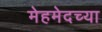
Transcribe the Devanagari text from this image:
मेहमेदच्या